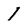
Character: 1